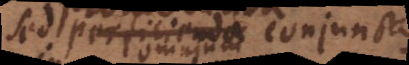
sed perficienda conjunctis